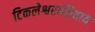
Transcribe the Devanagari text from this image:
टिकलेश्वराशिवाय